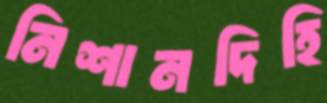
নিশানদিহি